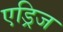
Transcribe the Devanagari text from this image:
एड्रिज